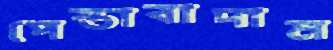
পেস্তাবাদাম